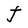
Character: J